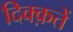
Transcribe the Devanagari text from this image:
दिक्क़तें